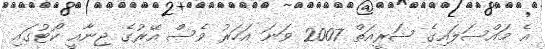
އެ މައްސަލައިގެ ޝަރީއަތް 2007 ވަނަ އަހަރު ވެސް އޭރުގެ ޖިނާއީ ކޯޓުގައި